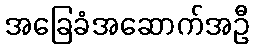
အခြေခံအဆောက်အဦ